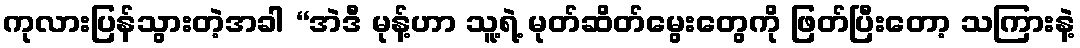
ကုလားပြန်သွားတဲ့အခါ “အဲဒီ မုန့်ဟာ သူ့ရဲ့ မုတ်ဆိတ်မွေးတွေကို ဖြတ်ပြီးတော့ သကြားနဲ့